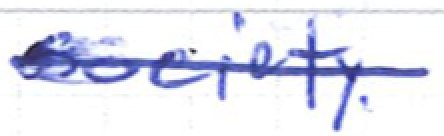
Text: society.
Cross-out: single-line
Writing tool: ballpoint